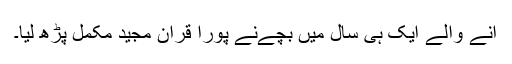
آنے والے ایک ہی سال میں بچےنے پورا قرآن مجید مکمل پڑھ لیا۔